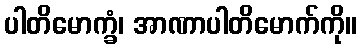
ပါတိမောက္ခံ၊ အာဏာပါတိမောက်ကို။